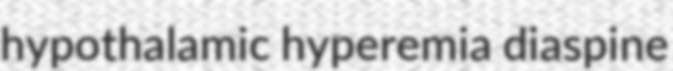
hypothalamic hyperemia diaspine